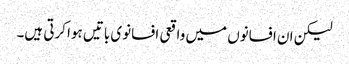
لیکن ان افسانوں میں واقعی افسانوی باتیں ہوا کرتی ہیں۔